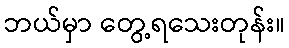
ဘယ်မှာ တွေ့ရသေးတုန်း။